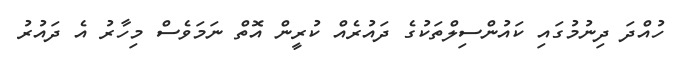
ހުއްދަ ދިނުމުގައި ކައުންސިލްތަކުގެ ދައުރެއް ކުރީން އޮތް ނަމަވެސް މިހާރު އެ ދައުރު